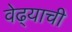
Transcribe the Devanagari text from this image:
वेढ्याची